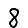
Digit: 8